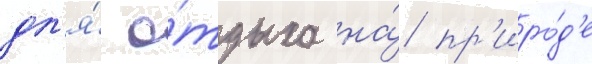
дл'я́ о́тдыха на́ пр'иро́д'е